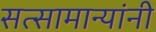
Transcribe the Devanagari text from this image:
सत्सामान्यांनी